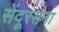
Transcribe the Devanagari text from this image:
सेंदूरसना